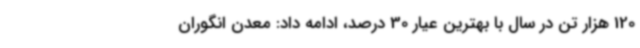
120 هزار تن در سال با بهترین عیار 30 درصد، ادامه ‌داد: معدن انگوران